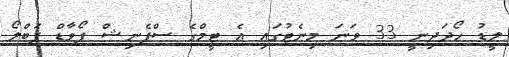
ލީޑު ހޯދަދިނީ 33 ވަނަ މިނެޓުގައި އެ ޓީމްގެ ސްޕެނިޝް ފޯވާޑް ޕަބްލޯ